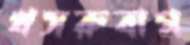
খসরুবাগ